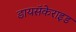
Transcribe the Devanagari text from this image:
डायसॅकेराइड